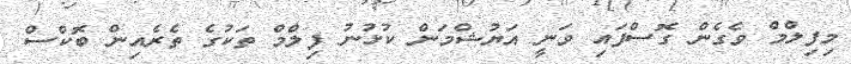
މިފިލްމް ވެގެން ގޮސްފައި ވަނީ އަޔުޝްމަން ކުޅުނު ފިލްމް ތަކުގެ ތެރެއިން ބޮކްސް